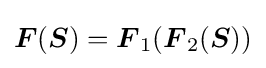
{\boldsymbol {F}}({\boldsymbol {S}})={\boldsymbol {F}}_{1}({\boldsymbol {F}}_{2}({\boldsymbol {S}}))